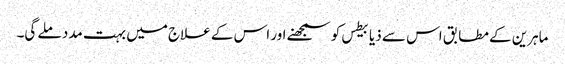
ماہرین کے مطابق اس سے ذیابیطس کو سمجھنے اور اس کے علاج میں بہت مدد ملے گی۔